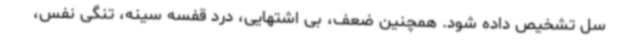
سل تشخیص داده شود. همچنین ضعف، بی اشتهایی، درد قفسه سینه، تنگی نفس،